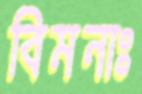
বিমনাঃ